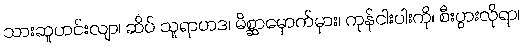
သားဆူဟင်းလျာ၊ ဆိပ် သူရာဟဒ၊ မိစ္ဆာမှောက်မှား၊ ကုန်ငါးပါးကို၊ စီးပွားလိုရာ၊